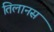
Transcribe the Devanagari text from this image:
तिलानस